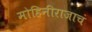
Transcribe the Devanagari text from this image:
मोहिनीराजाचं